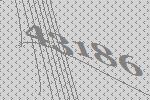
43186